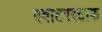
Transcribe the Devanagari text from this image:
क्वाटरस्टाफ